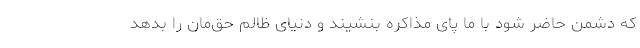
که دشمن حاضر شود با ما پای مذاکره بنشیند و دنیای ظالم حق‌مان را بدهد